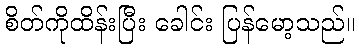
စိတ်ကိုထိန်းပြီး ခေါင်း ပြန်မော့သည်။